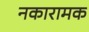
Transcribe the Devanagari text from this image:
नकारामक